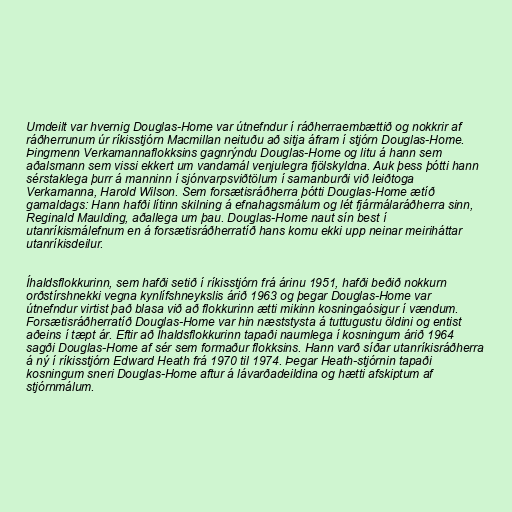
Umdeilt var hvernig Douglas-Home var útnefndur í ráðherraembættið og nokkrir af
ráðherrunum úr ríkisstjórn Macmillan neituðu að sitja áfram í stjórn Douglas-Home.
Þingmenn Verkamannaflokksins gagnrýndu Douglas-Home og litu á hann sem
aðalsmann sem vissi ekkert um vandamál venjulegra fjölskyldna. Auk þess þótti hann
sérstaklega þurr á manninn í sjónvarpsviðtölum í samanburði við leiðtoga
Verkamanna, Harold Wilson. Sem forsætisráðherra þótti Douglas-Home ætíð
gamaldags: Hann hafði lítinn skilning á efnahagsmálum og lét fjármálaráðherra sinn,
Reginald Maulding, aðallega um þau. Douglas-Home naut sín best í
utanríkismálefnum en á forsætisráðherratíð hans komu ekki upp neinar meiriháttar
utanríkisdeilur.

Íhaldsflokkurinn, sem hafði setið í ríkisstjórn frá árinu 1951, hafði beðið nokkurn
orðstírshnekki vegna kynlífshneykslis árið 1963 og þegar Douglas-Home var
útnefndur virtist það blasa við að flokkurinn ætti mikinn kosningaósigur í vændum.
Forsætisráðherratíð Douglas-Home var hin næststysta á tuttugustu öldini og entist
aðeins í tæpt ár. Eftir að Íhaldsflokkurinn tapaði naumlega í kosningum árið 1964
sagði Douglas-Home af sér sem formaður flokksins. Hann varð síðar utanríkisráðherra
á ný í ríkisstjórn Edward Heath frá 1970 til 1974. Þegar Heath-stjórnin tapaði
kosningum sneri Douglas-Home aftur á lávarðadeildina og hætti afskiptum af
stjórnmálum.